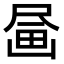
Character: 𪽗